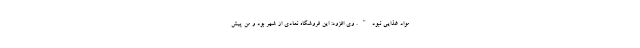
مواد غذایی نبود". وی افزود: این فروشگاه نمادی از شهر بود و من پیش